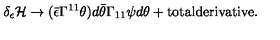
\delta _ { \epsilon } { \cal H } \rightarrow ( \bar { \epsilon } \Gamma ^ { 1 1 } \theta ) d \bar { \theta } \Gamma _ { 1 1 } \psi d \theta + \mathrm { t o t a l d e r i v a t i v e } .